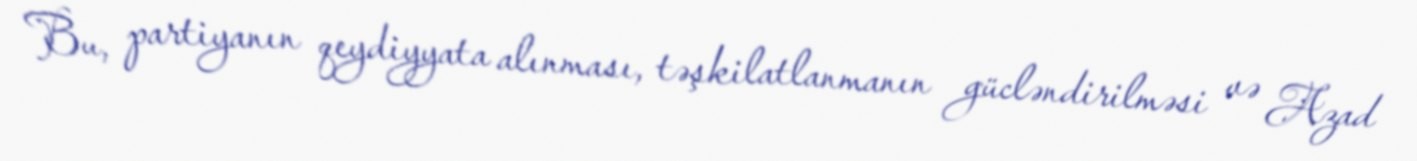
Bu, partiyanın qeydiyyata alınması, təşkilatlanmanın gücləndirilməsi və Azad